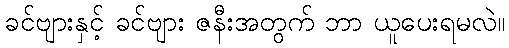
ခင်ဗျားနှင့် ခင်ဗျား ဇနီးအတွက် ဘာ ယူပေးရမလဲ။